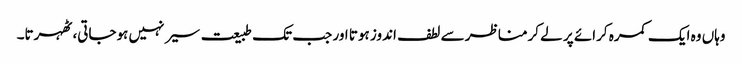
وہاں وہ ایک کمرہ کرائے پر لے کرمناظر سے لطف اندوز ہوتا اور جب تک طبیعت سیر نہیں ہوجاتی، ٹھہرتا۔